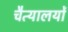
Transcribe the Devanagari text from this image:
चैत्यालयों